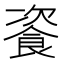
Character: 餈